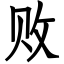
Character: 败